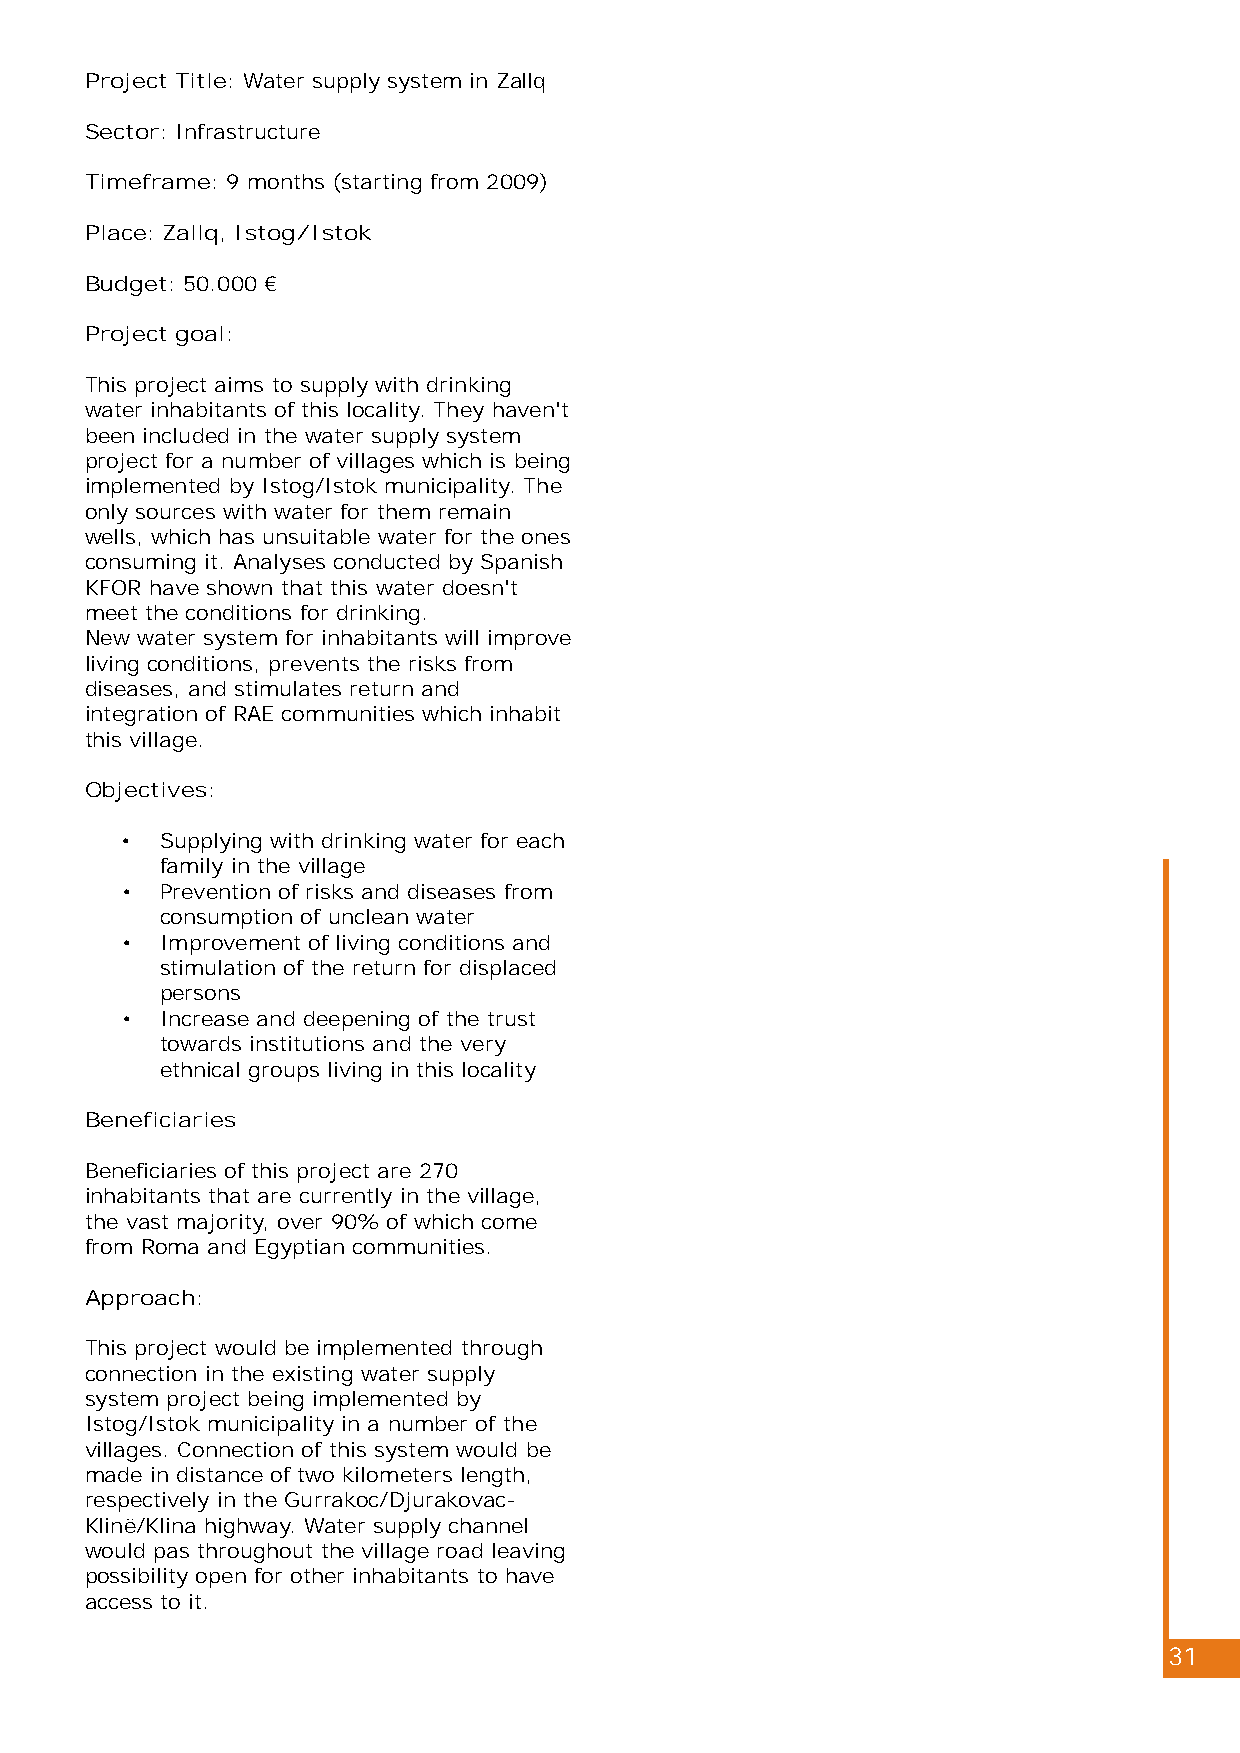
Project Title: Water supply system in Zallq
 Sector: Infrastructure
 Timeframe: 9 months (starting from 2009)
 Place: Zallq, Istog/Istok
 Budget: 50.000 €
 Project goal:
 This project aims to supply with drinking
 water inhabitants of this locality. They haven't
 been included in the water supply system
 project for a number of villages which is being
 implemented by Istog/Istok municipality. The
 only sources with water for them remain
 wells, which has unsuitable water for the ones
 consuming it. Analyses conducted by Spanish
 KFOR have shown that this water doesn't
 meet the conditions for drinking.
 New water system for inhabitants will improve
 living conditions, prevents the risks from
 diseases, and stimulates return and
 integration of RAE communities which inhabit
 this village.
 Objectives:
 •  Supplying with drinking water for each
 family in the village
 •  Prevention of risks and diseases from
 consumption of unclean water
 •  Improvement of living conditions and
 stimulation of the return for displaced
 persons
 •  Increase and deepening of the trust
 towards institutions and the very
 ethnical groups living in this locality
 Beneficiaries
 Beneficiaries of this project are 270
 inhabitants that are currently in the village,
 the vast majority, over 90% of which come
 from Roma and Egyptian communities.
 Approach:
 This project would be implemented through
 connection in the existing water supply
 system project being implemented by
 Istog/Istok municipality in a number of the
 villages. Connection of this system would be
 made in distance of two kilometers length,
 respectively in the Gurrakoc/Djurakovac-
 Klinë/Klina highway. Water supply channel
 would pas throughout the village road leaving
 possibility open for other inhabitants to have
 access to it.
 31